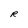
Character: R